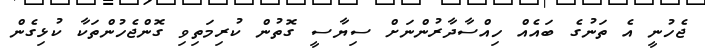
ޖެހުނީ އެ ތަނުގެ ބައެއް ހިއްސާދާރުންނަށް ސިޔާސީ ގޮތުން ކުރިމަތިވި ގޮންޖެހުންތަކާ ކުޅިގެން